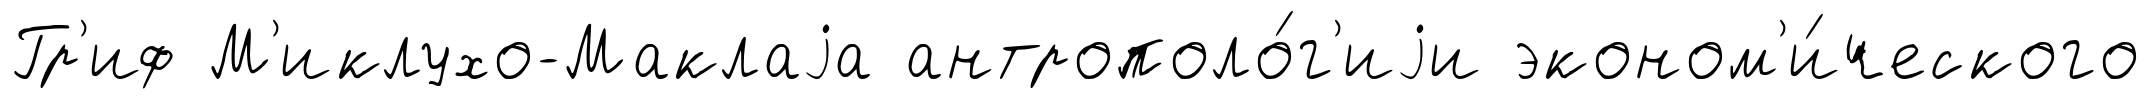
Гр'иф М'иклухо-Маклаjа антрополо́г'иjи эконом'и́ческого